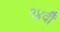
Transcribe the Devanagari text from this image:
१४वीँ